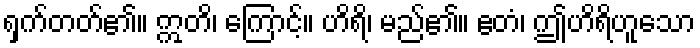
ရှက်တတ်၏။ ဣတိ၊ ကြောင့်။ ဟိရိ၊ မည်၏။ ဧတံ၊ ဤဟိရိဟူသော